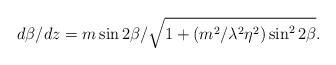
LaTeX: \begin{align*}d\beta / dz= { m\sin 2\beta}/\sqrt {1 +(m^2/\lambda ^2 \eta ^2)\sin ^2 2\beta}.\end{align*}